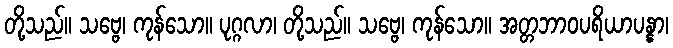
တို့သည်။ သဗ္ဗေ၊ ကုန်သော။ ပုဂ္ဂလာ၊ တို့သည်။ သဗ္ဗေ၊ ကုန်သော။ အတ္တဘာဝပရိယာပန္နာ၊